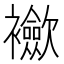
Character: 𲁈